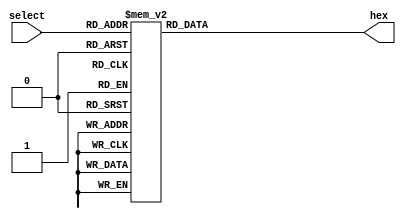
module segment(
    input [3:0] select,
    output reg [6:0] hex
);

    always @(*)
    begin: lut
        case(select)
            4'h0: hex <= ~7'h3F;
            4'h1: hex <= ~7'h06;
            4'h2: hex <= ~7'h5B;
            4'h3: hex <= ~7'h4F;
            4'h4: hex <= ~7'h66;
            4'h5: hex <= ~7'h6D;
            4'h6: hex <= ~7'h7D;
            4'h7: hex <= ~7'h07;
            4'h8: hex <= ~7'h7F;
            4'h9: hex <= ~7'h6F;
            4'hA: hex <= ~7'h77;
            4'hB: hex <= ~7'h7C;
            4'hC: hex <= ~7'h39;
            4'hD: hex <= ~7'h5E;
            4'hE: hex <= ~7'h79;
            4'hF: hex <= ~7'h71;
        endcase
    end

endmodule